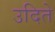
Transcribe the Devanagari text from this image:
उदिते